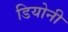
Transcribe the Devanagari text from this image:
डियोनी